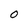
Character: 0